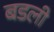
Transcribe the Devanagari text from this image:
बडली